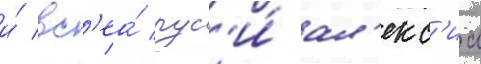
и́ вс'еа́ рус'и́ ал'екс'иа